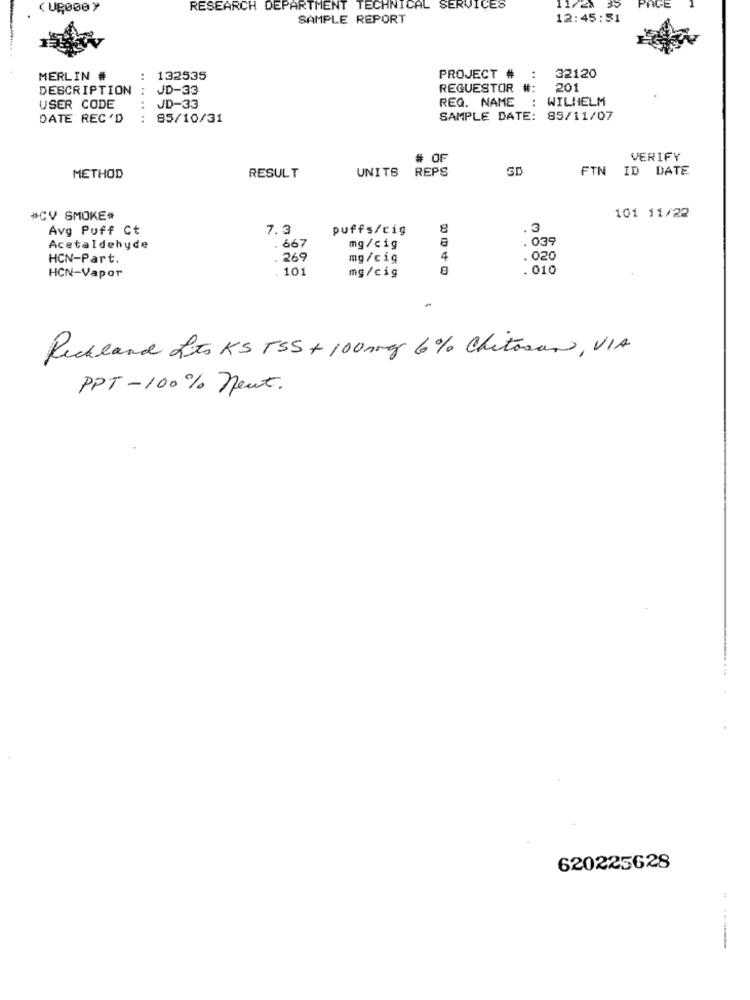
( UR000 y
RESEARCH DEPARTMENT TECHNICAL SERVICES
35
SAMPLE REPORT
12:45:51
MERLIN #
132535
PROJECT #
..
32120
DESCRIPTION
JD-33
REQUESTOR #:
201
REG. NAME
: WILHELM
USER CODE
JD-33
DATE REC 'D
.. ......
85/10/31
SAMPLE DATE: 85/11/07
# OF
VERIFY
UNITS
REPS
SD
FTN ID DATE
METHOD
RESULT
#CV SMOKE#
101 11/22
Avg Puff Ct
7.3
puffs/cig
8
. 3
. 667
039
Acetaldehyde
mg/cig
HCN-Part.
269
mg/cig
4
. 020
HCN-Vapor
. 101
mg/cig
. 010
-
Richland Lits KS TSS + 100mg 6% Chitosan, VIA
PPT-100% neut.
620225628